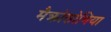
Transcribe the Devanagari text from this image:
मैक्रोसोमिया